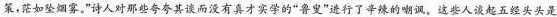
策，茫如坠烟雾，”诗人对那些夸夸其谈而没有真才实学的”鲁叟”进行了辛辣的嘲讽。这些人谈起五经头头是